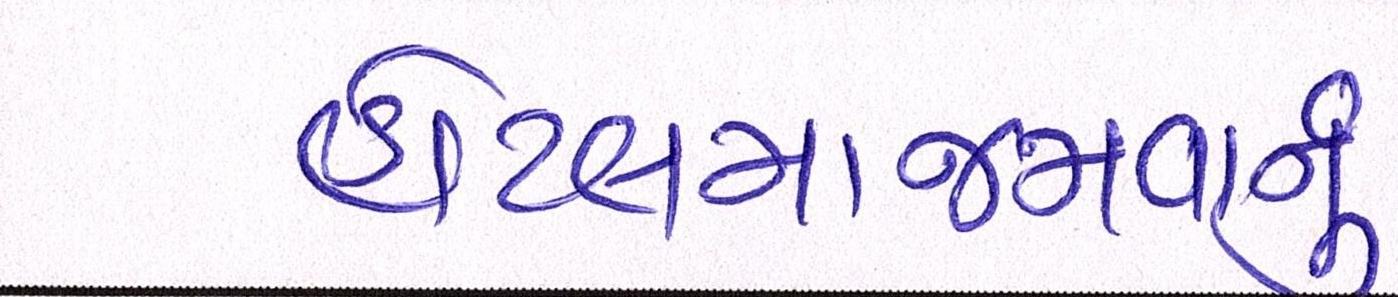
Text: હોટલમાજમવાનું